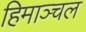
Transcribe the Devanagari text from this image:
हिमाञ्चल